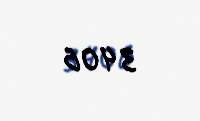
3406